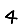
Digit: 4